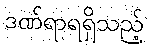
ဒဏ်ရာရရှိသည့်